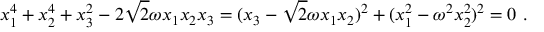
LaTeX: x _ { 1 } ^ { 4 } + x _ { 2 } ^ { 4 } + x _ { 3 } ^ { 2 } - 2 \sqrt { 2 } \omega x _ { 1 } x _ { 2 } x _ { 3 } = ( x _ { 3 } - \sqrt { 2 } \omega x _ { 1 } x _ { 2 } ) ^ { 2 } + ( x _ { 1 } ^ { 2 } - \omega ^ { 2 } x _ { 2 } ^ { 2 } ) ^ { 2 } = 0 \ .